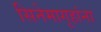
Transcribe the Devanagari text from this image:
सिनेमागृहांना